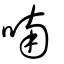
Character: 喃